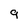
Character: 9